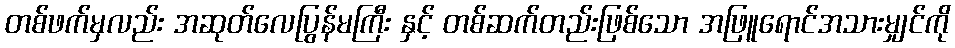
တစ်ဖက်မှလည်း အဆုတ်လေပြွန်မကြီး နှင့် တစ်ဆက်တည်းဖြစ်သော အဖြူရောင်အသားမျှင်ကို